Indian journal of veterinary science and animal husbandry - Volumes 18-21, 1948-1951
Year: 1948
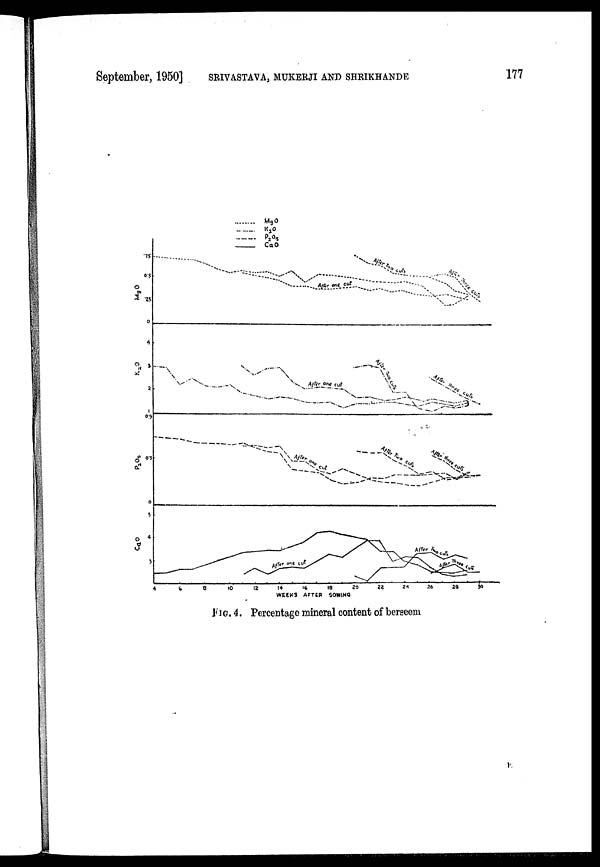
September, 1950] SRIVASTAVA, MUKERJI AND SHRIKHANDE 177
FIG. 4. Percentage mineral content of berseem
E